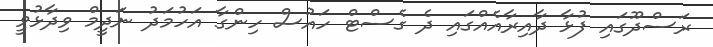
ރަސްދޫގައި ފުޅާ ދާއިރާއެއްގައި ދެ ގެސްޓް ހައުސް ހިންގާ އަހުމަދު ނަދީމް ވިދާޅުވީ